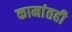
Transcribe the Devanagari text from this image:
कामांतही